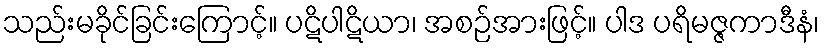
သည်းမခိုင်ခြင်းကြောင့်။ ပဋိပါဋိယာ၊ အစဉ်အားဖြင့်။ ပါဒ ပရိမဇ္ဇကာဒီနံ၊